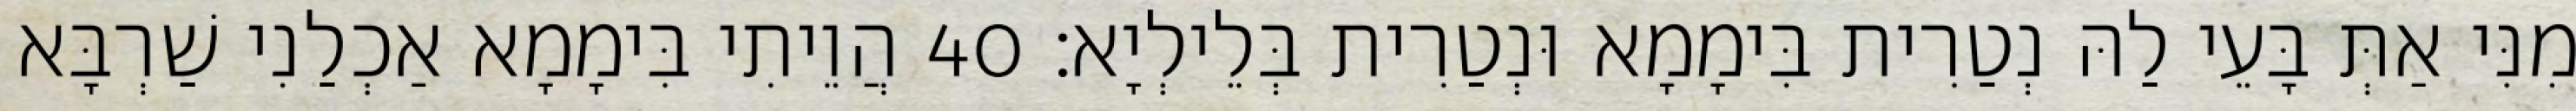
מִנִּי אַתְּ בָּעֵי לַהּ נְטַרִית בִּימָמָא וּנְטַרִית בְּלֵילְיָא׃ 40 הֲוֵיתִי בִּימָמָא אַכְלַנִי שַׁרְבָּא